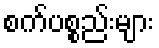
စက်ပစ္စည်းများ